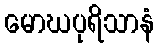
မောဃပုရိသာနံ